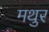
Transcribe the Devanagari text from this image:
मथुर